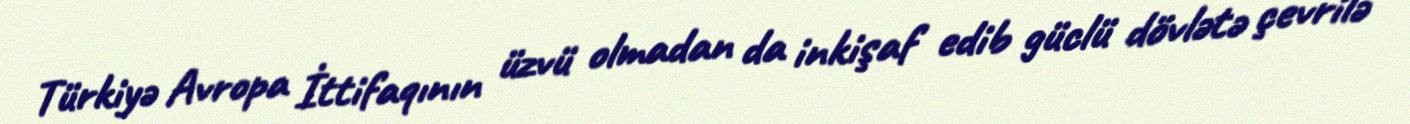
Türkiyə Avropa İttifaqının üzvü olmadan da inkişaf edib güclü dövlətə çevrilə